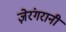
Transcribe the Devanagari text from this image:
ज़ेरंगरानी